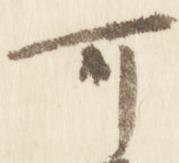
可